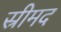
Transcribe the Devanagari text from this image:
स्रीमद